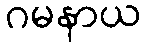
ဂမနာယ